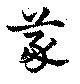
義